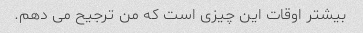
بیشتر اوقات این چیزی است که من ترجیح می دهم.